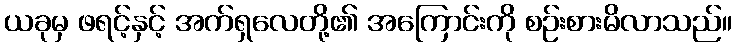
ယခုမှ ဖရင့်နှင့် အက်ရှလေတို့၏ အကြောင်းကို စဉ်းစားမိလာသည်။